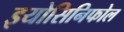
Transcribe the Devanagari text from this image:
इयोसिनिफोल